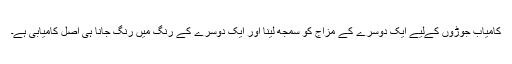
کامیاب جوڑوں کےلیے ایک دوسرے کے مزاج کو سمجھ لینا اور ایک دوسرے کے رنگ میں رنگ جانا ہی اصل کامیابی ہے۔